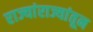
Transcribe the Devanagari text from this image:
राज्यांराज्यांतून